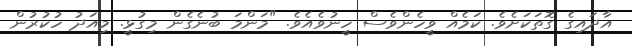
އާދައިގެ ގޮތަކަށެވެ. ކަމެއް ވީހެންވެސް ހީނުވެއެވެ. "މަންމަ ބުނެގެން މިގުޅީ. މިއަދު ހުކުރުން